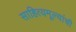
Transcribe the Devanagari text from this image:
साहित्यमूल्यांची